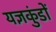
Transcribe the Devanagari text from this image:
यज्ञकुंडों